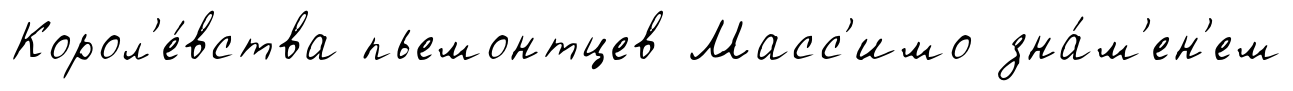
Корол'е́вства пьемонтцев Масс'имо зна́м'ен'ем